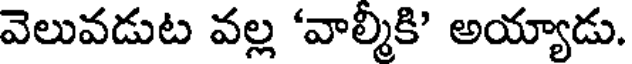
వెలువడుట వల్ల 'వాల్మీకి' అయ్యాడు.